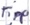
Text: Tipp